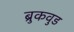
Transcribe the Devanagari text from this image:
ब्रुकवुड